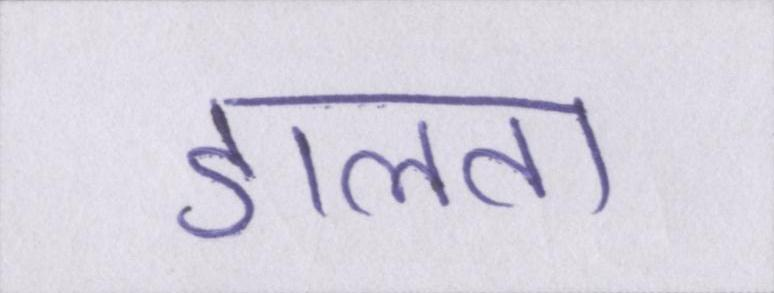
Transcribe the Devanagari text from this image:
डालता